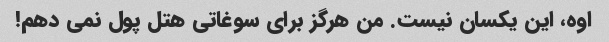
اوه، این یکسان نیست. من هرگز برای سوغاتی هتل پول نمی دهم!